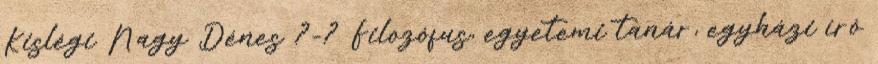
Kislégi Nagy Dénes ?-? Filozófus, egyetemi tanár, egyházi író